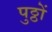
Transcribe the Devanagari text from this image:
पुठ्ठों